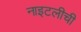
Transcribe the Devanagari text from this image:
नाइटलीची